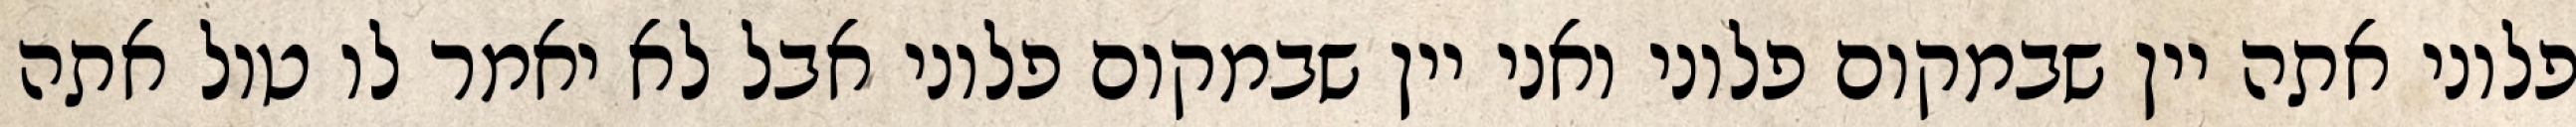
פלוני אתה יין שבמקום פלוני ואני יין שבמקום פלוני אבל לא יאמר לו טול אתה